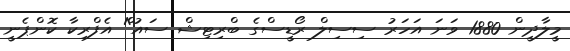
މީލާދީން 1880 ވަނަ އަހަރު ސިސިލް ރޯޑީސްގެ ބްރިޓިޝް ސައު^ް އެފްރިކާ ކޮންޕެނީ